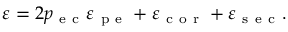
\varepsilon = 2 p _ { \mathrm { ~ e ~ c ~ } } \varepsilon _ { \mathrm { ~ p ~ e ~ } } + \varepsilon _ { \mathrm { ~ c ~ o ~ r ~ } } + \varepsilon _ { \mathrm { ~ s ~ e ~ c ~ } } .